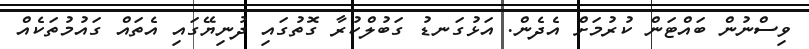
ވިސްނުން ބައްޓަން ކުރުމަށް އެދެން. އަޅުގަނޑު ގަބުލްކުރާ ގޮތުގައި ދުނިޔޭގައި އެތައް ގައުމުތަކެއް